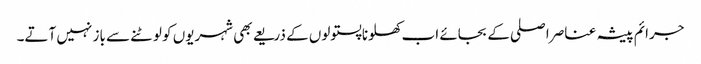
جرائم پیشہ عناصر اصلی کے بجائے اب کھلونا پستولوں کے ذریعے بھی شہریوں کو لوٹنے سے باز نہیں آتے۔